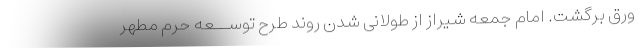
ورق برگشت. امام جمعه شیراز از طولانی شدن روند طرح توســعه حرم مطهر